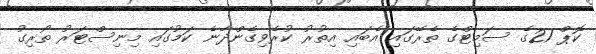
ކޮޕް 21ގެ ސަމިޓްގެ ތެރޭގައި އެބައި އިތުރު ކުރެވިގެންދާނެ ކަމުގައި މިނިސްޓަރު ތޯރިގު